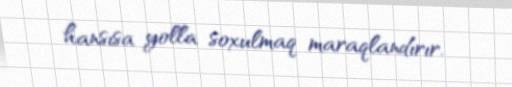
hansısa yolla soxulmaq maraqlandırır.